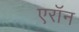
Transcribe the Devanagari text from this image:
एराॅन